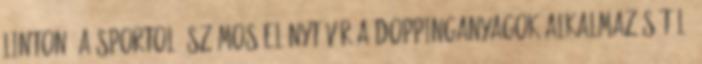
Linton. A sportoló számos előnyt vár a doppinganyagok alkalmazásától,